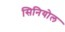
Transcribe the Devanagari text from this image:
सिनियोल